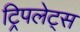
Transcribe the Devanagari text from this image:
ट्रिपलेट्स